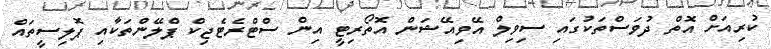
ކުރިއަށް އޮތް ދުވަސްތަކުގައި ސިވިލް އޭވިއޭޝަން އޮތޯރިޓީ އިން ސްޓްރެޓެޖިކް ޕްލޭންތަކާއި ޕޮލިސީތައް